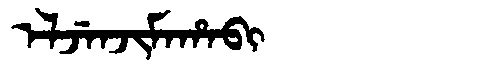
Manchu: ᡝᠯᠵᡝᠨᠵᡳᠮᠠᡥᠠᠪᡳ
Romanization: ELJENJIMAHABI